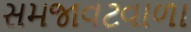
સમજાવટવાળા